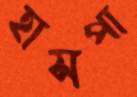
হাসপা